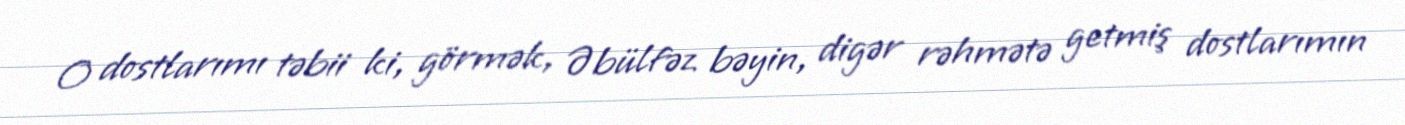
O dostlarımı təbii ki, görmək, Əbülfəz bəyin, digər rəhmətə getmiş dostlarımın